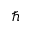
\hbar